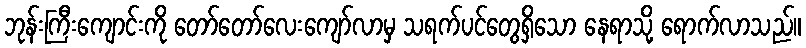
ဘုန်းကြီးကျောင်းကို တော်တော်လေးကျော်လာမှ သရက်ပင်တွေရှိသော နေရာသို့ ရောက်လာသည်။